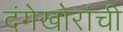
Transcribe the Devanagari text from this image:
दंगेखोरांची